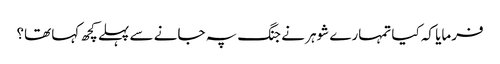
فرمایا کہ کیا تمہارے شوہر نے جنگ پہ جانے سے پہلے کچھ کہا تھا؟